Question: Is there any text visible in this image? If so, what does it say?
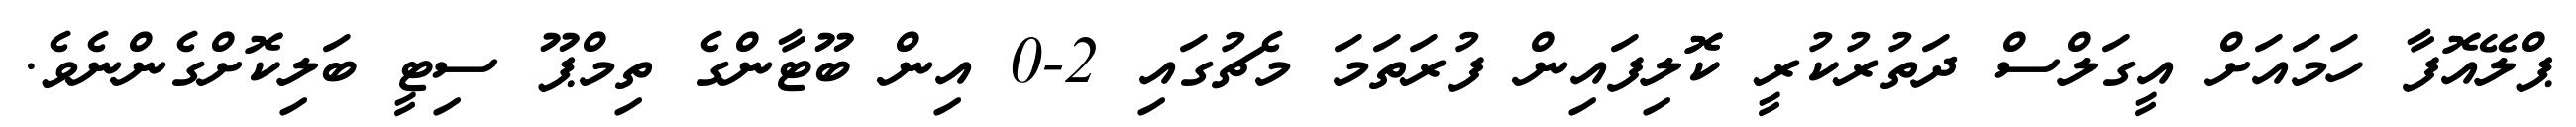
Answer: ޕްލޭއޮފާ ހަމައަށް އީގަލްސް ދަތުރުކުރީ ކޮލިފައިން ފުރަތަމަ މެޗުގައި 2-0 އިން ބޫޓާންގެ ތިމްޕޫ ސިޓީ ބަލިކޮށްގެންނެވެ.